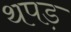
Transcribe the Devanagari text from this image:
थपड़